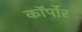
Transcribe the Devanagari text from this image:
कॉर्पोर